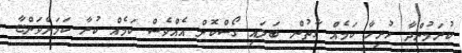
ކުރަމުންދާ ހުރިހާ ކަމެއް ގާތުން ބަލައި ގޯސްކޮށް އެއްވެސް ކަމެއް ކުރާ ކަމަށްވަންޏާ